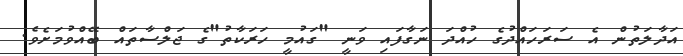
އަދާލަތުން އެ ސަރަހައްދުގެ ހުއްދަ ނަގާފައި ވަނީ "ގައުމީ ހަރަކާތު"ގެ ޖަލްސާތައް ބޭއްވުމަށެވެ.